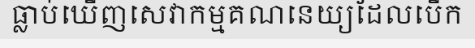
ធ្លាប់ឃើញសេវាកម្មគណនេយ្យដែលបើក